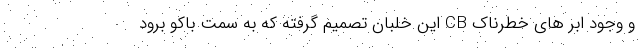
و وجود ابر های خطرناک CB این خلبان تصمیم گرفته که به سمت باکو برود